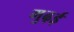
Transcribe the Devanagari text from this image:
मुढ़ई